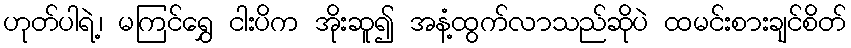
ဟုတ်ပါရဲ့၊ မကြင်ရွှေ ငါးပိက အိုးဆူ၍ အနံ့ထွက်လာသည်ဆိုပဲ ထမင်းစားချင်စိတ်